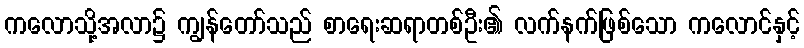
ကလောသို့အလာ၌ ကျွန်တော်သည် စာရေးဆရာတစ်ဦး၏ လက်နက်ဖြစ်သော ကလောင်နှင့်